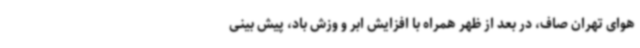
هوای تهران صاف، در بعد از ظهر همراه با افزایش ابر و وزش باد، پیش بینی